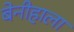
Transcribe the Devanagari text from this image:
बेनीहाला